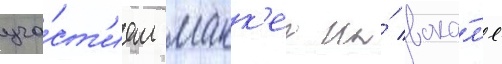
уча́ст'ием макк'еа на́ вока́л'е